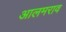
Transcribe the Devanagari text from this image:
आलमराव